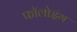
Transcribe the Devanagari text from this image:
फॉलोइंग